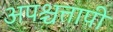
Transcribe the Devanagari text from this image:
अपश्चत्तापी